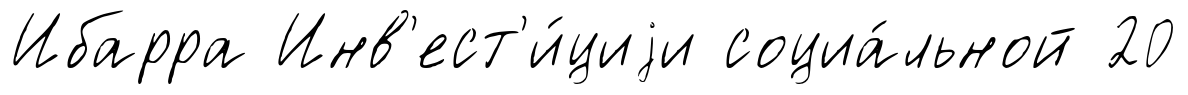
Ибарра Инв'ест'и́циjи социа́льной 20